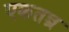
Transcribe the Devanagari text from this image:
एकतन्त्र